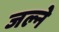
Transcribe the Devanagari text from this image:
जल्ने